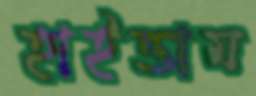
হাইত্তাম